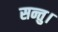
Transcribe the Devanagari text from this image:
सन्तु।